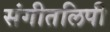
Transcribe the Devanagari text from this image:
संगीतलिपी